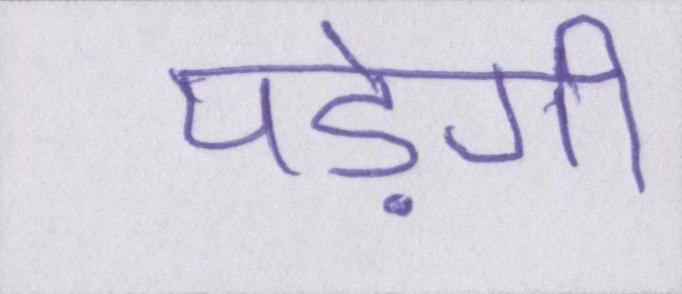
पड़ेगी